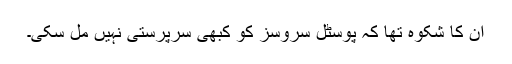
ان کا شکوہ تھا کہ پوسٹل سروسز کو کبھی سرپرستی نہیں مل سکی۔